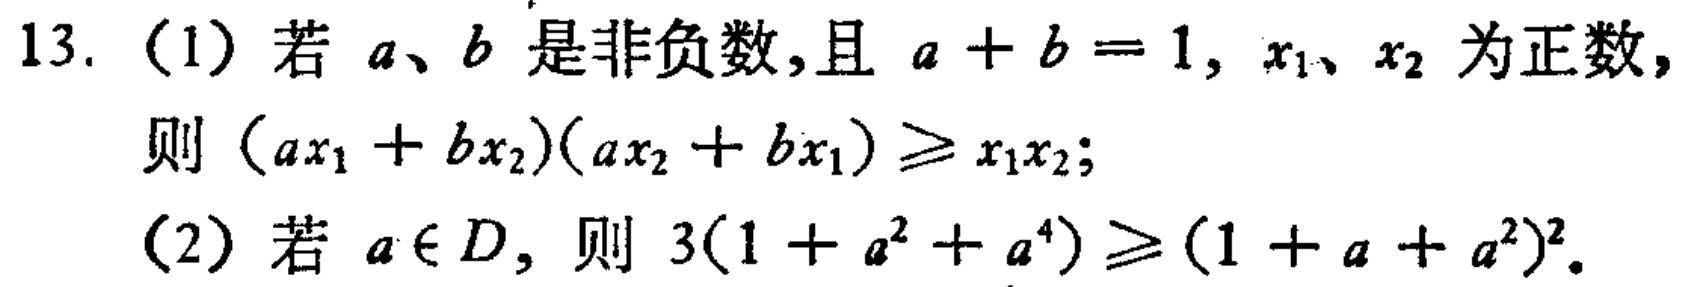
13. (1) 若 \(a、b\) 是非负数,且 \(a + b = 1\), \(x_1、x_2\) 为正数,
则 \((ax_1 + bx_2)(ax_2 + bx_1)\geqslant x_1x_2\);
(2) 若 \(a\in D\), 则 \(3(1 + a^2 + a^4)\geqslant (1 + a + a^2)^2\).